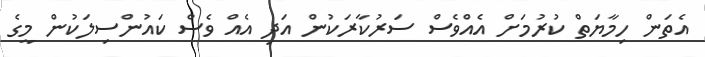
އެތަން ހިމާޔަތް ކުރުމަށް އެއްވެސް ސަރުކާރަކުން އަދި އެއް ވެސް ކައުންސިލަކުން މީގެ